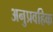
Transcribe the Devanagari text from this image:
अनुप्रवहिक